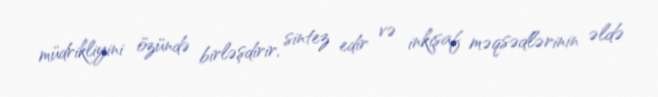
müdrikliyini özündə birləşdirir, sintez edir və inkişaf məqsədlərinin əldə